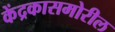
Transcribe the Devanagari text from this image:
केंद्रकासमोरील